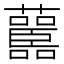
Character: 𧄤